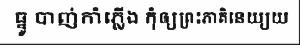
ធ្នូ បាញ់កាំភ្លើង កុំឲ្យព្រះភាគិនេយ្យយ